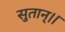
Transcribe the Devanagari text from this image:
सुतान्।।